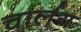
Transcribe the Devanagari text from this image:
चार्लय